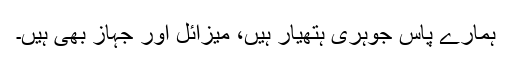
ہمارے پاس جوہری ہتھیار ہیں، میزائل اور جہاز بھی ہیں۔